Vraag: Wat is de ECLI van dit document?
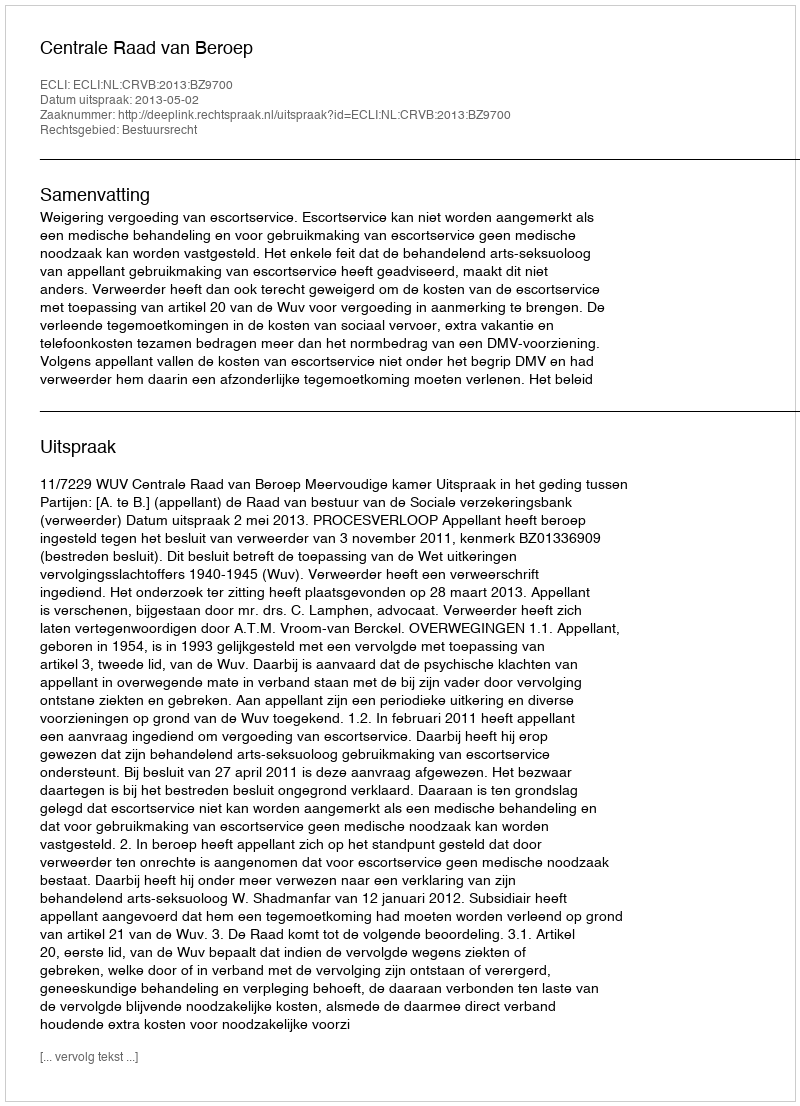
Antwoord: ECLI:NL:CRVB:2013:BZ9700